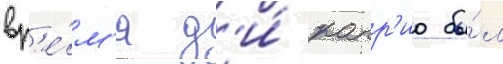
вр'е́м'я д'и́ капр'ио бы́л